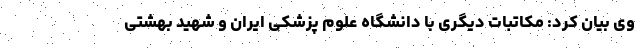
وی بیان کرد: مکاتبات دیگری با دانشگاه علوم پزشکی ایران و شهید بهشتی